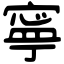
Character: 寧